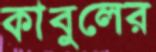
কাবুলের